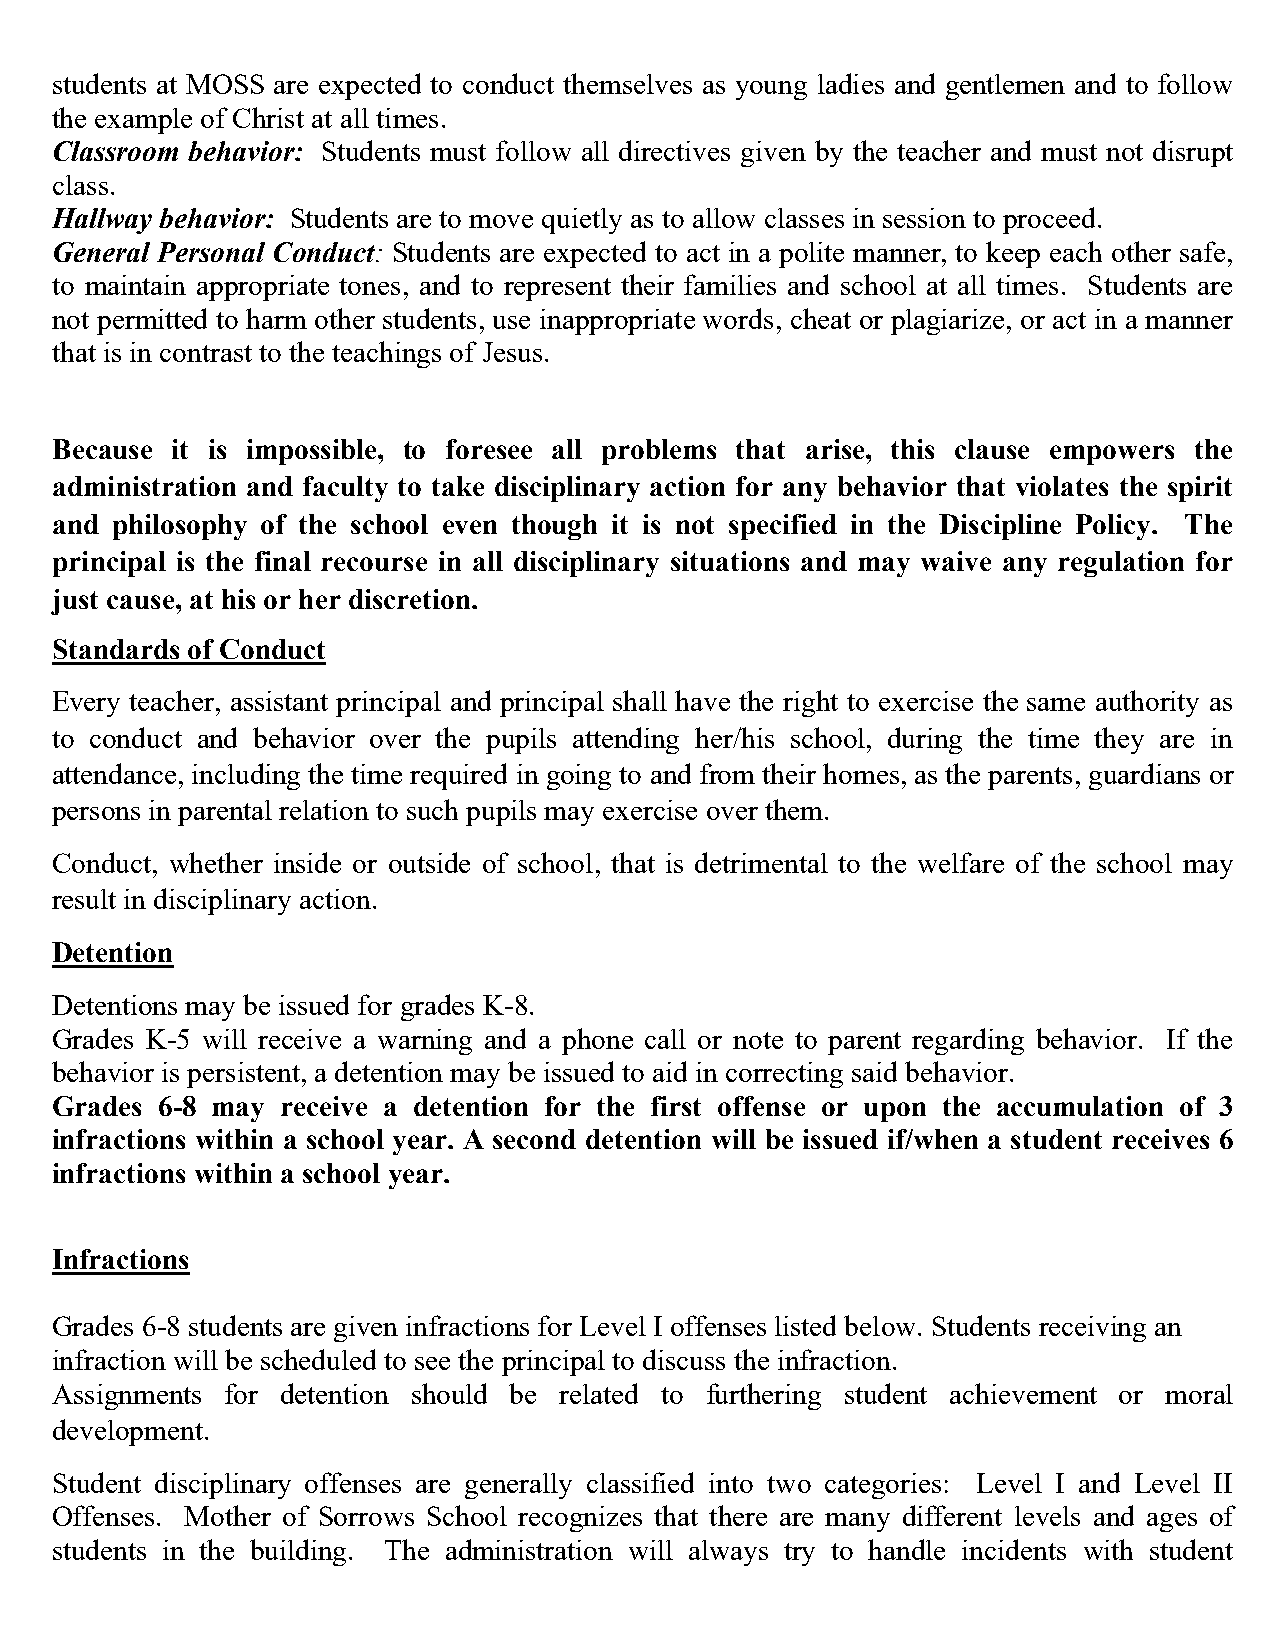
students at MOSS are expected to conduct themselves as young ladies and gentlemen and to follow
 the example of Christ at all times.
 Classroom behavior: Students must follow all directives given by the teacher and must not disrupt
 class.
 Hallway behavior: Students are to move quietly as to allow classes in session to proceed.
 General Personal Conduct: Students are expected to act in a polite manner, to keep each other safe,
 to maintain appropriate tones, and to represent their families and school at all times. Students are
 not permitted to harm other students, use inappropriate words, cheat or plagiarize, or act in a manner
 that is in contrast to the teachings of Jesus.
 Because it is impossible, to foresee all problems that arise, this clause empowers the
 administration and faculty to take disciplinary action for any behavior that violates the spirit
 and philosophy of the school even though it is not specified in the Discipline Policy. The
 principal is the final recourse in all disciplinary situations and may waive any regulation for
 just cause, at his or her discretion.
 Standards of Conduct
 Every teacher, assistant principal and principal shall have the right to exercise the same authority as
 to conduct and behavior over the pupils attending her/his school, during the time they are in
 attendance, including the time required in going to and from their homes, as the parents, guardians or
 persons in parental relation to such pupils may exercise over them.
 Conduct, whether inside or outside of school, that is detrimental to the welfare of the school may
 result in disciplinary action.
 Detention
 Detentions may be issued for grades K-8.
 Grades K-5 will receive a warning and a phone call or note to parent regarding behavior. If the
 behavior is persistent, a detention may be issued to aid in correcting said behavior.
 Grades 6-8 may  receive a detention for the first offense or upon the accumulation of 3
 infractions within a school year. A second detention will be issued if/when a student receives 6
 infractions within a school year.
 Infractions
 Grades 6-8 students are given infractions for Level I offenses listed below. Students receiving an
 infraction will be scheduled to see the principal to discuss the infraction.
 Assignments for detention should be related to furthering student achievement or moral
 development.
 Student disciplinary offenses are generally classified into two categories: Level I and Level II
 Offenses. Mother of Sorrows School recognizes that there are many different levels and ages of
 students in the building. The administration will always try to handle incidents with student